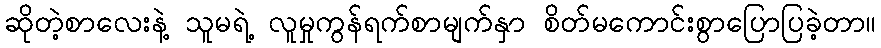
ဆိုတဲ့စာလေးနဲ့ သူမရဲ့ လူမှုကွန်ရက်စာမျက်နှာ စိတ်မကောင်းစွာပြောပြခဲ့တာ။